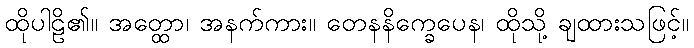
ထိုပါဠိ၏။ အတ္ထော၊ အနက်ကား။ တေနနိက္ခေပေန၊ ထိုသို့ ချထားသဖြင့်။